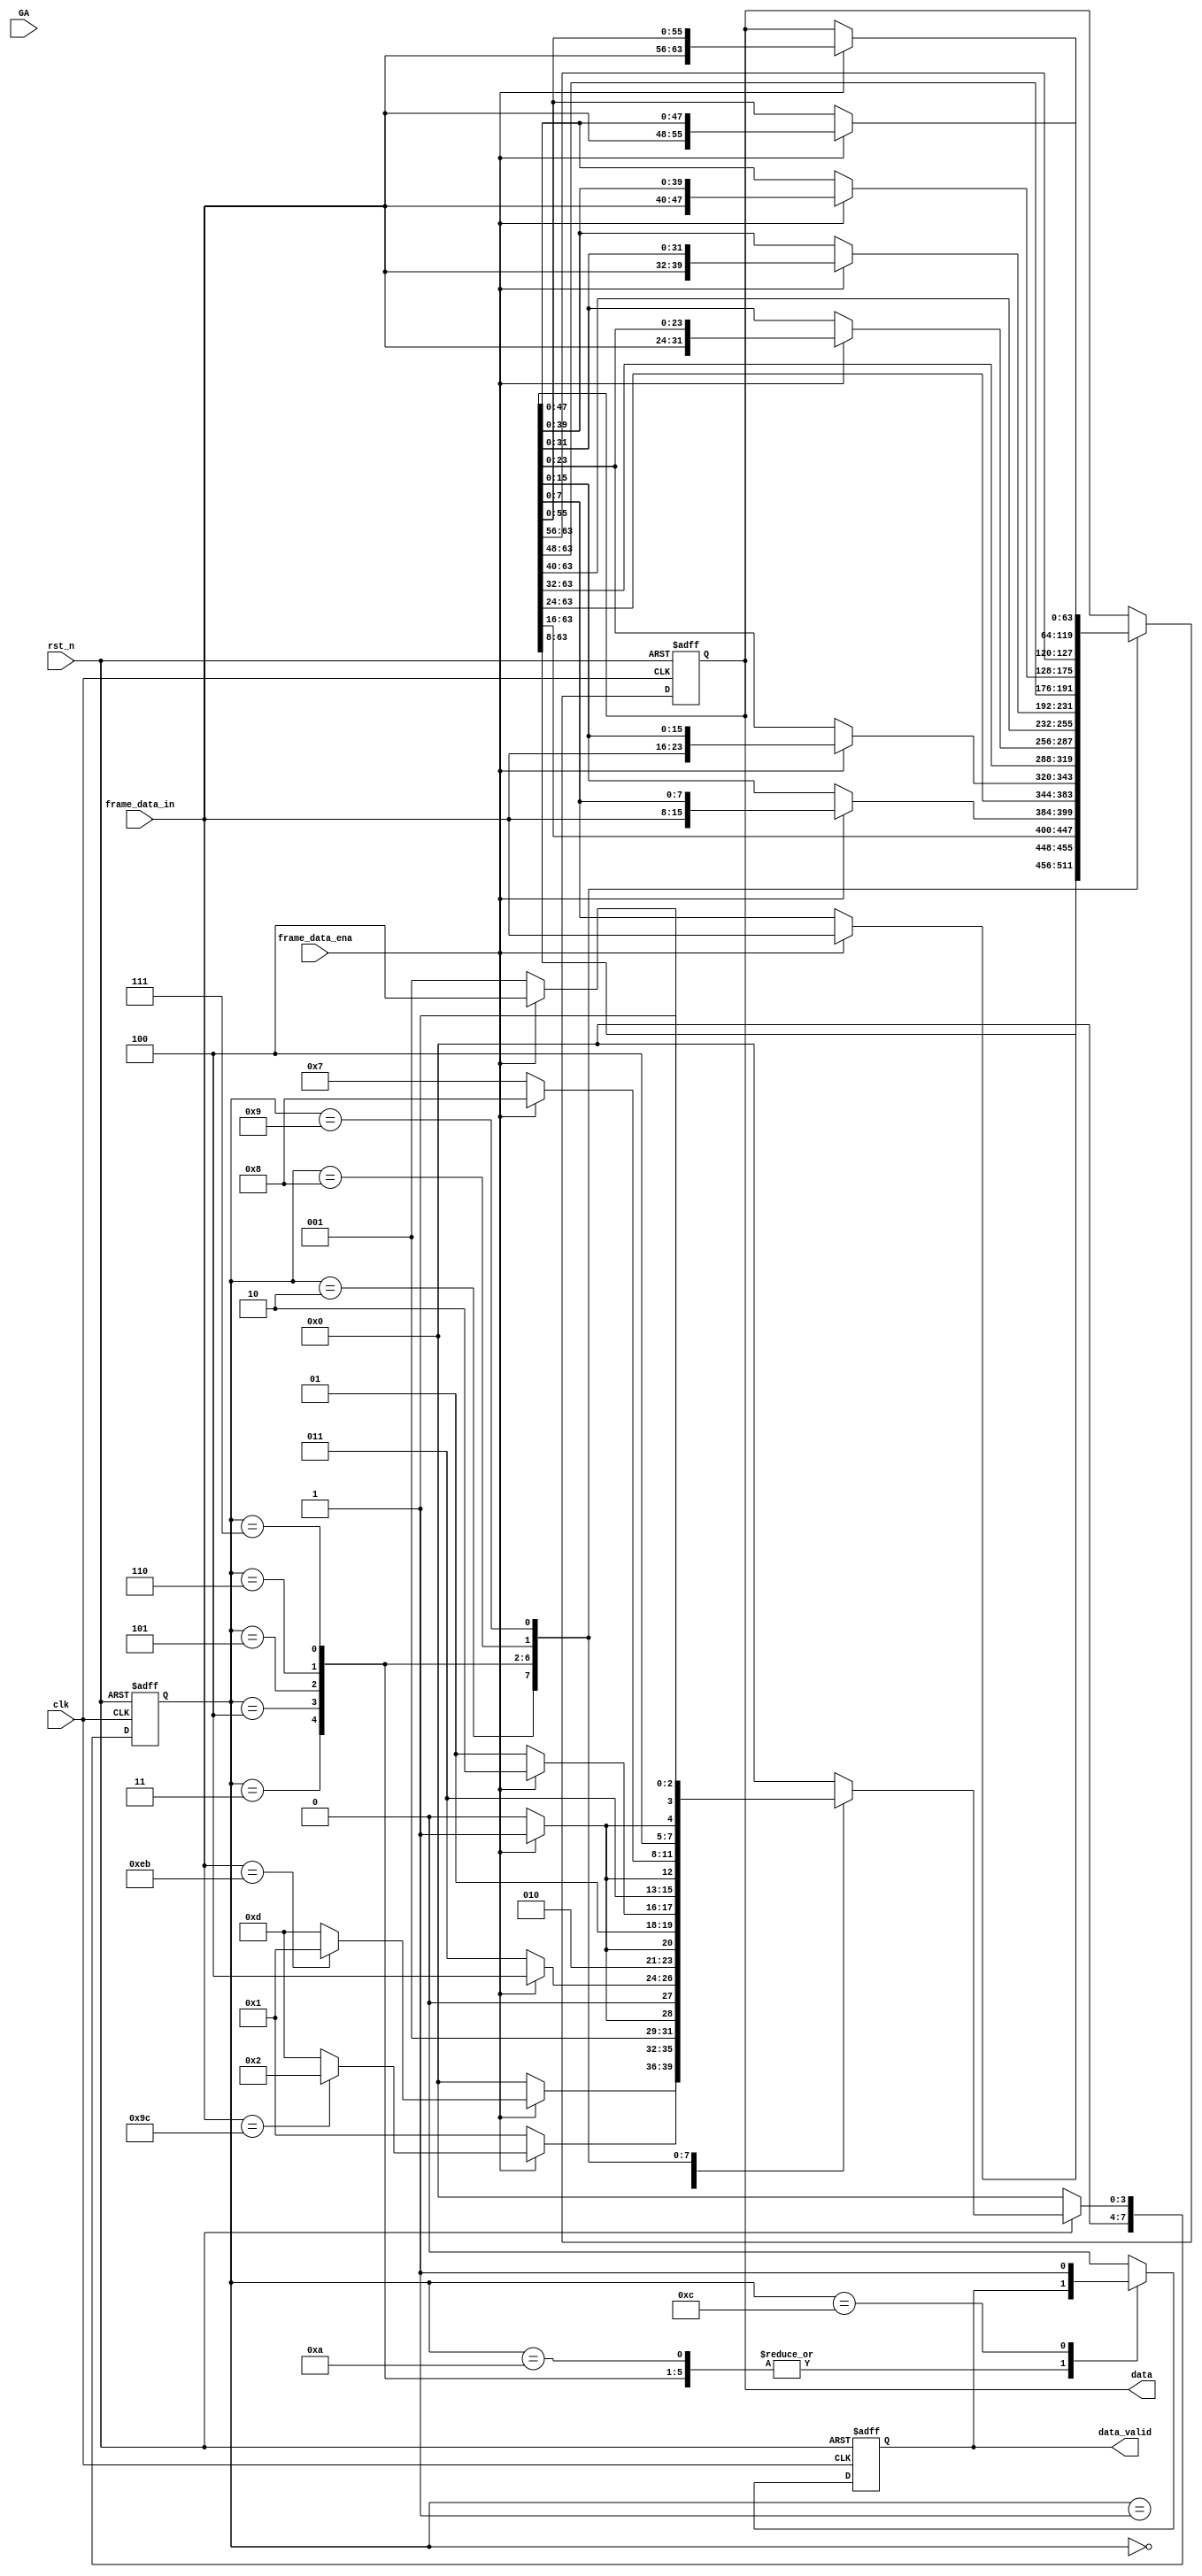
//////////////////////////////////////////////////////////////////////////////////
// Company:
// Engineer:
//
// Design Name:
// Module Name: UART_Rx
// Project Name:
// Target Devices:
// Tool Versions:
// Description:
//
// Dependencies:
//
// Revision:
// Revision 0.01 - File Created
// Additional Comments:
//
//////////////////////////////////////////////////////////////////////////////////

`timescale 1ns/1ns

module UART_Rx(
	input clk,
	input rst_n,
	input [7:0] frame_data_in,
	input frame_data_ena,
	input[4:0] GA,

	output  [63:0]  data,
	output  data_valid

);


//**********************Variable Definition begin**********************//


//**********************Variable Definition end**********************//



//************************************************************************//
//************************Programmer start here***************************//
//************************************************************************//
localparam  [7:0] FRH_DET_FB 		      = 8'd0; //Frame_Head_Detection_First_Byte
localparam  [7:0] FRH_DET_SB              = 8'd1; //Frame_Head_Detection_Second_Byte


localparam  [7:0] FRC01_DET            = 8'd2; //Frame Content Store
localparam  [7:0] FRC02_DET            = 8'd3; //Frame Content Store
localparam  [7:0] FRC03_DET            = 8'd4; //Frame Content Store
localparam  [7:0] FRC04_DET            = 8'd5; //Frame Content Store
localparam  [7:0] FRC05_DET            = 8'd6; //Frame Content Store
localparam  [7:0] FRC06_DET            = 8'd7; //Frame Content Store
localparam  [7:0] FRC07_DET            = 8'd8; //Frame Content Store
localparam  [7:0] FRC08_DET            = 8'd9; //Frame Content Store



localparam  [7:0] CRC_DET                 = 8'd10; //CRC Store
localparam  [7:0] CRC_CHK                 = 8'd11; //CRC_Check
localparam  [7:0] FR_END                  = 8'd12; //Frame Detection Successful
localparam  [7:0] FR_ERR                  = 8'd13; //Error Occu


reg [7:0] fd_st_cuur;					//FSM:pointer
reg [7:0] fd_st_next;					//FSM:pointer

reg[63:0] R_UART_DATA;
reg  data_updata;
reg[7:0] CRC_Value;

reg[3:0] MYSLOT ;

//////////////////////////////////////////////////////////////////////////
////////////////////////// FSM(Three Parts) //////////////////////////////
//////////////////////////////////////////////////////////////////////////

//reg [7:0] CRC_Value;         //CRC check from "FRL_DET",add all data equal tp 8'h00 is right
//***************************FSM Part1 begin****************************//
always @(posedge clk, negedge rst_n)
	begin
		if(~rst_n) fd_st_cuur <= FRH_DET_FB; //initialization
		else fd_st_cuur <= fd_st_next;
	end
//*************************FSM Part1 end****************************//

//*************************FSM Part2 begin****************************//
always @(*) //next state generation
begin
	if(~rst_n) fd_st_next = FRH_DET_FB;
	else
	begin
		case(fd_st_cuur)
		FRH_DET_FB: begin
			if(frame_data_ena) begin
				if(frame_data_in == 8'heb) fd_st_next = FRH_DET_SB; //to next state
				else fd_st_next = FR_ERR;     //to error report,for fifo clear
			end
			else fd_st_next = FRH_DET_FB;     //hold
		end
		FRH_DET_SB: begin
			if(frame_data_ena) begin
				if(frame_data_in ==8'h9c) fd_st_next = FRC01_DET; //to next state
				else fd_st_next = FR_ERR; //to error report,for fifo clear
			end
			else fd_st_next = FRH_DET_SB; //hold
		end
		FRC01_DET: begin
			if(frame_data_ena) fd_st_next = FRC02_DET;
			else fd_st_next = FRC01_DET;
		end
		FRC02_DET: begin
			if(frame_data_ena) fd_st_next = FRC03_DET;
			else fd_st_next = FRC02_DET;
		end
		FRC03_DET: begin
			if(frame_data_ena) fd_st_next = FRC04_DET;
			else fd_st_next = FRC03_DET;
		end
		FRC04_DET: begin
			if(frame_data_ena) fd_st_next = FRC05_DET;
			else fd_st_next = FRC04_DET;
		end
		FRC05_DET: begin
			if(frame_data_ena) fd_st_next = FRC06_DET;
			else fd_st_next = FRC05_DET;
		end
		FRC06_DET: begin
			if(frame_data_ena) fd_st_next = FRC07_DET;
			else fd_st_next = FRC06_DET;
		end
		FRC07_DET: begin
			if(frame_data_ena) fd_st_next = FRC08_DET;
			else fd_st_next = FRC07_DET;
		end
		FRC08_DET: begin
			if(frame_data_ena) fd_st_next = FR_END;
			else fd_st_next = FRC08_DET;
		end

		FR_END: fd_st_next = FRH_DET_FB; //round to init
		FR_ERR: fd_st_next = FRH_DET_FB; //round to init
		default: fd_st_next = FRH_DET_FB;
		endcase
	end
end

always @ (posedge clk)
begin
	case(GA)
	5'd0: MYSLOT <= 4'd0 ;
	5'd1: MYSLOT <= 4'd0 ;
	5'd2: MYSLOT <= 4'd1 ;
	5'd3: MYSLOT <= 4'd2 ;
	5'd4: MYSLOT <= 4'd3 ;
	5'd5: MYSLOT <= 4'd4 ;
	5'd6: MYSLOT <= 4'd5 ;
	5'd7: MYSLOT <= 4'd6 ;
	5'd8: MYSLOT <= 4'd7 ;
	5'd9: MYSLOT <= 4'd0 ;
	5'd10: MYSLOT <= 4'd8 ;
	5'd11: MYSLOT <= 4'd9 ;
	5'd12: MYSLOT <= 4'd10 ;
	5'd13: MYSLOT <= 4'd11 ;
	5'd14: MYSLOT <= 4'd12 ;
	5'd15: MYSLOT <= 4'd13 ;
	5'd16: MYSLOT <= 4'd14 ;
	5'd17: MYSLOT <= 4'd15 ;

	default :MYSLOT <= 4'd0 ;
	endcase

end


//*************************FSM Part2 end****************************//

//*************************FSM Part3 begin****************************//
always @(posedge clk, negedge rst_n)
begin
	if(~rst_n)
	begin
		CRC_Value <= 8'd0;
		R_UART_DATA	<=	64'd0	;
		data_updata <= 1'B0 ;

	end
	else
	begin
		case(fd_st_cuur)
		FRH_DET_FB: begin
			if(frame_data_ena) CRC_Value <= frame_data_in;
			else CRC_Value <= CRC_Value;
			data_updata<= 1'b0;
		end
		FRH_DET_SB: begin
			if(frame_data_ena) CRC_Value <= CRC_Value + frame_data_in;
			else CRC_Value <= CRC_Value;
		end
		FRC01_DET: begin
			if(frame_data_ena) begin
				CRC_Value <= CRC_Value + frame_data_in;
				R_UART_DATA	  <= {R_UART_DATA[63:8],frame_data_in};
			end
			else begin
				CRC_Value <= CRC_Value;
				R_UART_DATA	  <= R_UART_DATA;
			end
			data_updata<= 1'b0;		//receive correct frame head
		end
		FRC02_DET: begin
			if(frame_data_ena) begin
				CRC_Value <= CRC_Value + frame_data_in;
				R_UART_DATA	  <= {R_UART_DATA[63:16],frame_data_in,R_UART_DATA[7:0]};
			end
			else begin
				CRC_Value <= CRC_Value;
				R_UART_DATA	  <= R_UART_DATA;
			end
		end
		FRC03_DET: begin
			if(frame_data_ena) begin
				CRC_Value <= CRC_Value + frame_data_in;
				R_UART_DATA	  <= {R_UART_DATA[63:24],frame_data_in,R_UART_DATA[15:0]};
			end
			else begin
				CRC_Value <= CRC_Value;
				R_UART_DATA	  <= R_UART_DATA;
			end
		end
		FRC04_DET: begin
			if(frame_data_ena) begin
				CRC_Value <= CRC_Value + frame_data_in;
				R_UART_DATA	  <= {R_UART_DATA[63:32],frame_data_in,R_UART_DATA[23:0]};
			end
			else begin
				CRC_Value <= CRC_Value;
				R_UART_DATA	  <= R_UART_DATA;
			end
		end
		FRC05_DET: begin
			if(frame_data_ena) begin
				CRC_Value <= CRC_Value + frame_data_in;
				R_UART_DATA	  <= {R_UART_DATA[63:40],frame_data_in,R_UART_DATA[31:0]};
			end
			else begin
				CRC_Value <= CRC_Value;
				R_UART_DATA	  <= R_UART_DATA;
			end
		end
		FRC06_DET: begin
			if(frame_data_ena) begin
				CRC_Value <= CRC_Value + frame_data_in;
				R_UART_DATA	  <= {R_UART_DATA[63:48],frame_data_in,R_UART_DATA[39:0]};
			end
			else begin
				CRC_Value <= CRC_Value;
				R_UART_DATA	  <= R_UART_DATA;
			end
		end
		FRC07_DET: begin
			if(frame_data_ena) begin
				CRC_Value <= CRC_Value + frame_data_in;
				R_UART_DATA	  <= {R_UART_DATA[63:56],frame_data_in,R_UART_DATA[47:0]};
			end
			else begin
				CRC_Value <= CRC_Value;
				R_UART_DATA	  <= R_UART_DATA;
			end
		end
		FRC08_DET: begin
			if(frame_data_ena) begin
				CRC_Value <= CRC_Value + frame_data_in;
				R_UART_DATA	  <= {frame_data_in,R_UART_DATA[55:0]};
			end
			else begin
				CRC_Value <= CRC_Value;
				R_UART_DATA	  <= R_UART_DATA;
			end
		end



		CRC_DET: begin
			if(frame_data_ena) CRC_Value <= CRC_Value + frame_data_in;
//			if(frame_data_ena) CRC_Value <= 8'h0;
			else CRC_Value <= CRC_Value;
		end
		CRC_CHK: begin
			CRC_Value <= CRC_Value;
			data_updata<= 1'b0;
		end
		FR_END: begin
			CRC_Value <= FR_END;
			data_updata<= 1'b1;
		end
		FR_ERR: begin
			CRC_Value <= FR_ERR;
			data_updata<= 1'b0;
		end
	    default: begin
			CRC_Value <= 8'd0;
			data_updata<= 1'b0;
			R_UART_DATA	<=	R_UART_DATA	;

		end
		endcase
	end
end

/*
always @(posedge clk or negedge rst_n) begin
	if (~rst_n) begin
		// reset
	    cycle_num    <= 32'h0000_03e8;
	    wait_time    <= 32'h0000_0000;
	end
	else begin
		if (data_updata && (R_UART_DATA[39:36] == MYSLOT))
		begin
			casez(R_UART_DATA[63:32])
				40'h4000_4???: begin
					wait_time <= R_UART_DATA[23:0];
				end
				40'h4000_1000: begin
					cycle_num <= R_UART_DATA[31:0];
				end
				default: begin
					wait_time <= wait_time;
					cycle_num <= cycle_num;
				end
			endcase
		end else begin
				wait_time <= wait_time;
				cycle_num <= cycle_num;
		end
	end
end*/
assign data = R_UART_DATA;
assign data_valid = data_updata;
//************************************************************************//
//************************Programmer end *********************************//
//************************************************************************//

endmodule